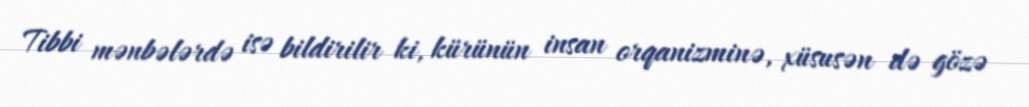
Tibbi mənbələrdə isə bildirilir ki, kürünün insan orqanizminə, xüsusən də gözə